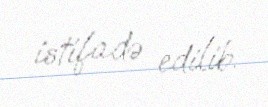
istifadə edilib.